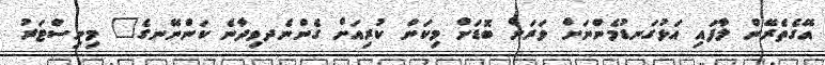
އޭގެތެރޭން ލާފައި އަޅުގަނޑުމެންނަށް ވަރަށް ބޮޑަށް މިކަން ކުރިއަށް ގެންނެދވިދާނެ ކަންނޭނގެ" މިނިސްޓަރު